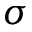
\sigma